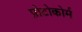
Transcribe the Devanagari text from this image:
प्रोटोकोर्म